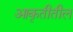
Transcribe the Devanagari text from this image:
आकृतीतील